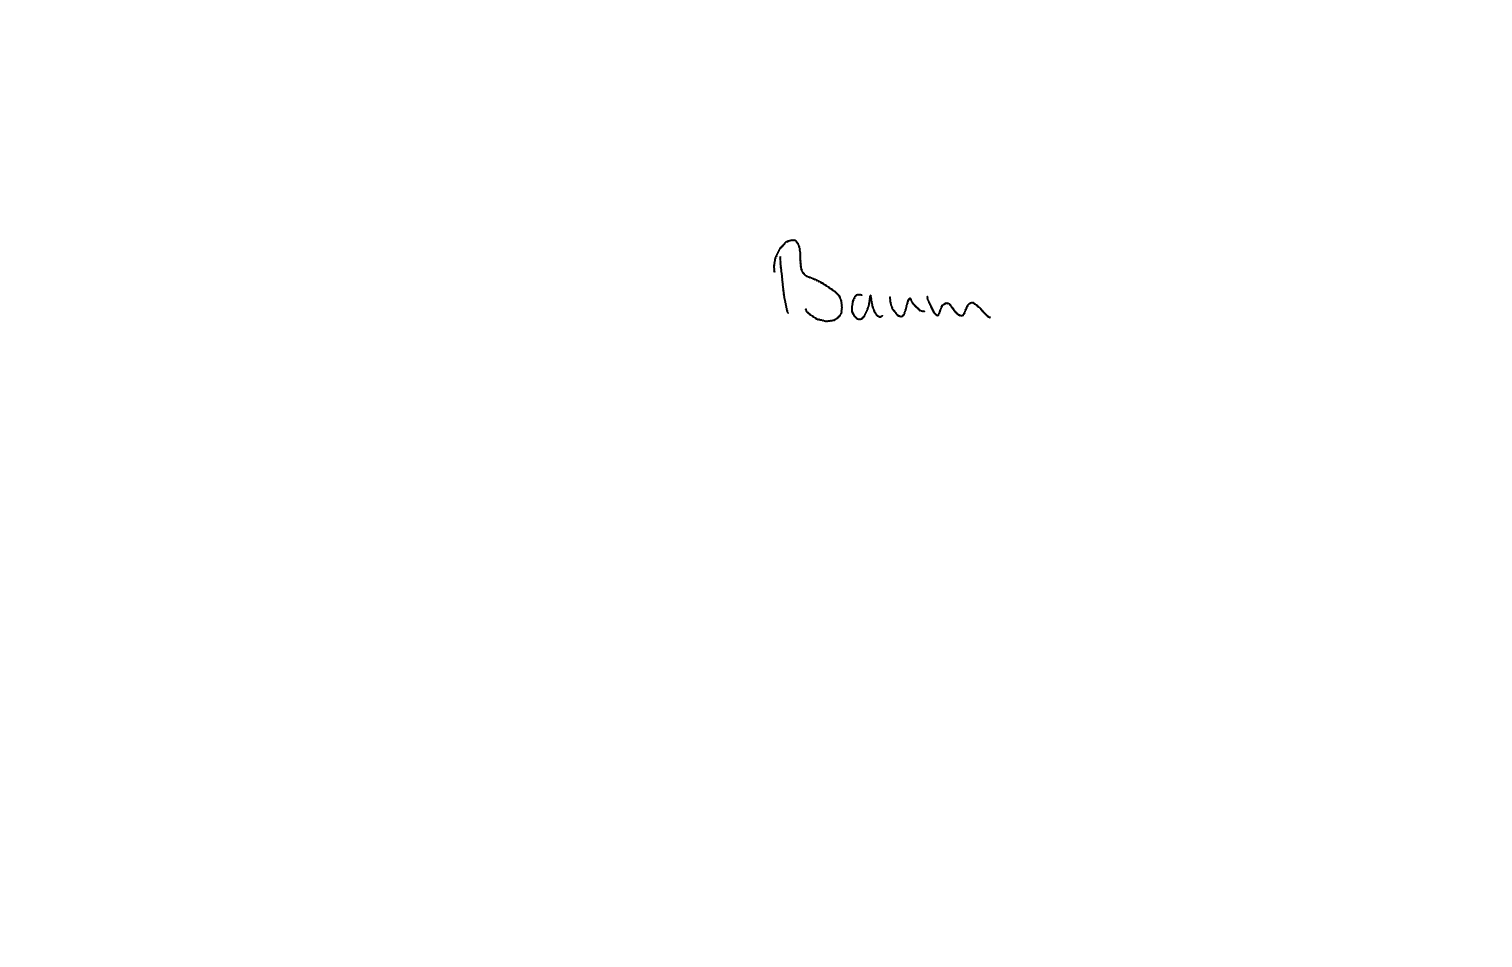
Text: Baum